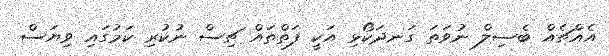
އެއްޗެއް ބެސިލް ނުވަތަ ގަނދަކޯޅި އަކީ ފަތްތައް ޗިސް ނުކުރި ކަމުގައި ވިޔަސް